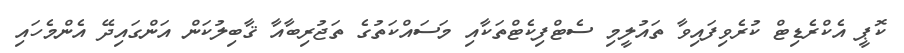
ކޮޕީ އެކްރެޑިޓް ކުރެވިފައިވާ ތައުލީމި ސެޓްފިކެޓްތަކާއި މަސައްކަތުގެ ތަޖުރިބާއާ ޤާބިލުކަން އަންގައިދޭ އެންމެހައި